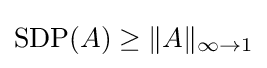
{\text{SDP}}(A)\geq \|A\|_{\infty \to 1}